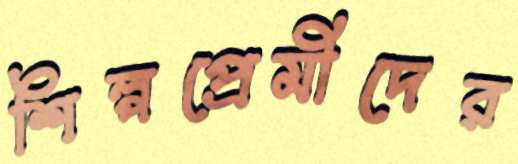
শিল্পপ্রেমীদের